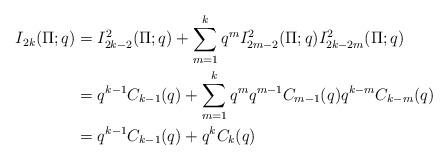
LaTeX: \begin{align*}I_{2k}(\Pi;q) &= I_{2k-2}^{2}(\Pi;q) + \sum_{m=1}^k q^m I_{2m-2}^{2}(\Pi;q) I_{2k-2m}^{2}(\Pi;q)\\& = q^{k-1}C_{k-1}(q) + \sum_{m=1}^k q^m q^{m-1}C_{m-1}(q) q^{k-m}C_{k-m}(q)\\&= q^{k-1}C_{k-1}(q)+q^kC_k(q)\end{align*}